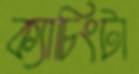
ক্যাচিংটা